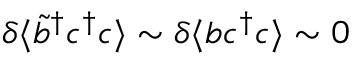
\delta \langle \tilde { b } ^ { \dagger } c ^ { \dagger } c \rangle \sim \delta \langle b c ^ { \dagger } c \rangle \sim 0